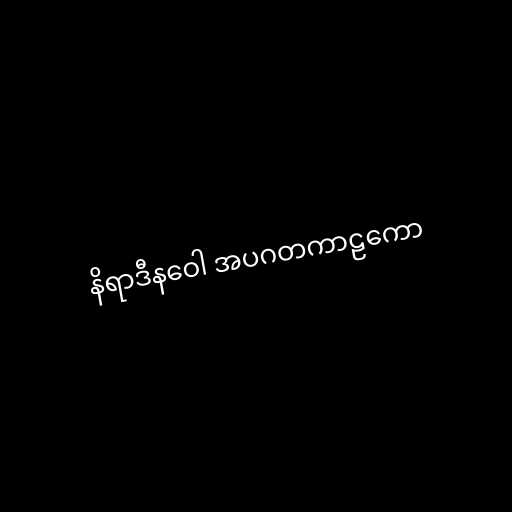
နိရာဒီနဝေါ အပဂတကာဠကော